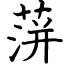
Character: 蓱